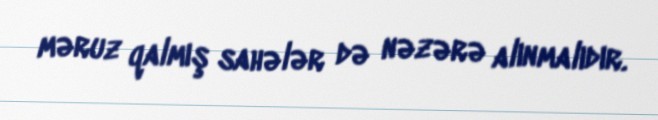
məruz qalmış sahələr də nəzərə alınmalıdır.